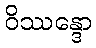
ဝိဿန္ဒော